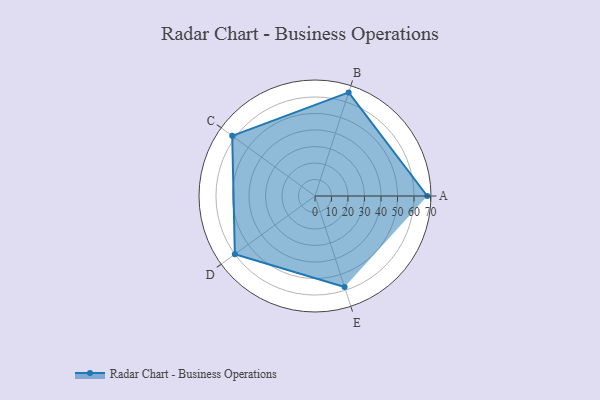
{"axis": {"x": "Skill", "y": "Score"}, "legend": ["Profile"], "data": [{"x": "A", "y": 68.0, "type": "Profile"}, {"x": "B", "y": 66.0, "type": "Profile"}, {"x": "C", "y": 62.0, "type": "Profile"}, {"x": "D", "y": 60.0, "type": "Profile"}, {"x": "E", "y": 58.0, "type": "Profile"}]}